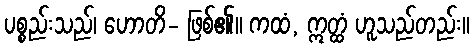
ပစ္စည်းသည်၊ ဟောတိ- ဖြစ်၏။ ကထံ, ဣတ္ထံ ဟူသည်တည်း။